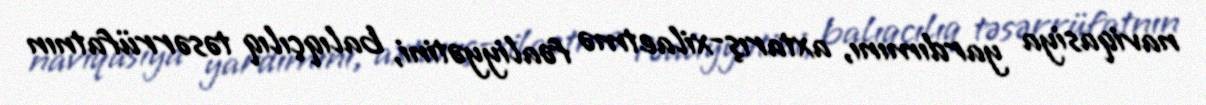
naviqasiya yardımını, axtarış-xilaetmə fəaliyyətini, balıqçılıq təsərrüfatnın